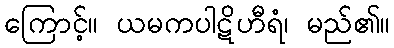
ကြောင့်။ ယမကပါဋိဟီရံ၊ မည်၏။